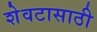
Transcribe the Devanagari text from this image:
शेवटासाठी